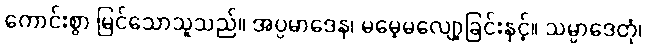
ကောင်းစွာ မြင်သောသူသည်။ အပ္ပမာဒေန၊ မမေ့မလျော့ခြင်းနှင့်။ သမ္ပာဒေတုံ၊